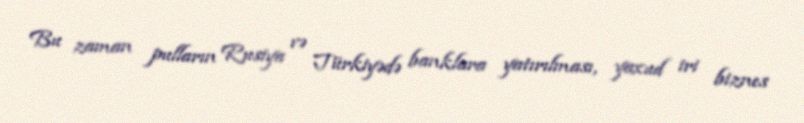
Bu zaman pulların Rusiya və Türkiyədə banklara yatırılması, yaxud iri biznes